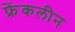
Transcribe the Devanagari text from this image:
फ्रेंकलीन